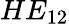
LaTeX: HE_{12}